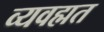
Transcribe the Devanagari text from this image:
व्यवह्मत